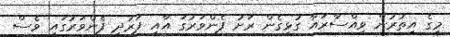
މީގެ އިތުރުން ވިއްސާރައާ ގުޅިގެން ރަށު ފެންވަރުގަ އާއި ފަރުދީ ފެންވަރުގައި ވެސް